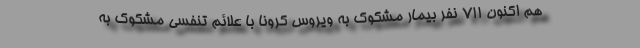
هم اکنون ۷۱۱ نفر بیمار مشکوک به ویروس کرونا با علائم تنفسی مشکوک به